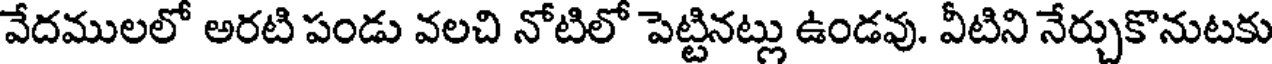
వేదములలో అరటి పండు వలచి నోటిలో పెట్టినట్లు ఉండవు. వీటిని నేర్చుకొనుటకు